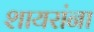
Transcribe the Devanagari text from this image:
शायरांना